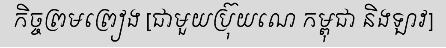
កិច្ចព្រមព្រៀង [ជាមួយប្រ៊ុយណេ កម្ពុជា និងឡាវ]